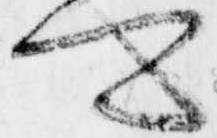
可